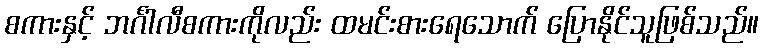
စကားနှင့် ဘင်္ဂါလီစကားကိုလည်း ထမင်းစားရေသောက် ပြောနိုင်သူဖြစ်သည်။